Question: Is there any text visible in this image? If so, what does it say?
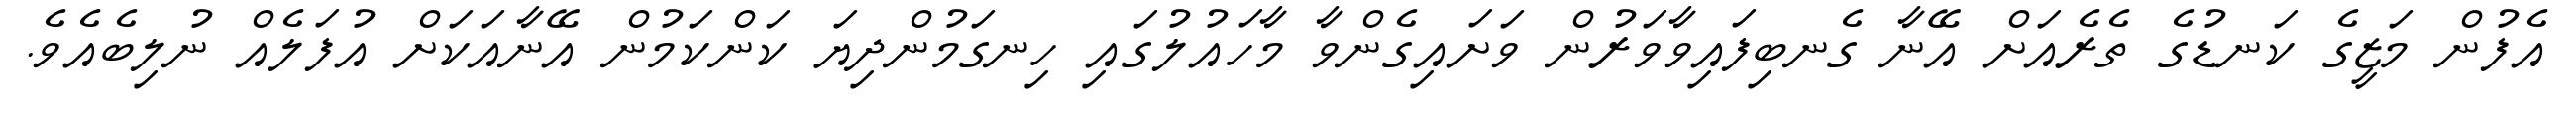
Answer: އެފުން މަޒީގެ ކަނޑުގެ ތެރެއަށް އޭނާ ގެނބިފައިވާވަރުން ވަށައިގެންވާ މާހައުލުގައި ހިނގަމުންދިޔަ ކަންކަމުން އޭނާއަކަށް އުފަލެއް ނުލިބެއެވެ.